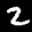
Label: 2